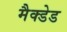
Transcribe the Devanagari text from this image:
मैक्डेड